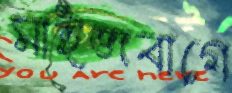
মাইজবাগে